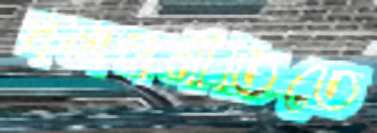
দলননীতিতে